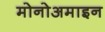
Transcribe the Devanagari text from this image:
मोनोअमाइन